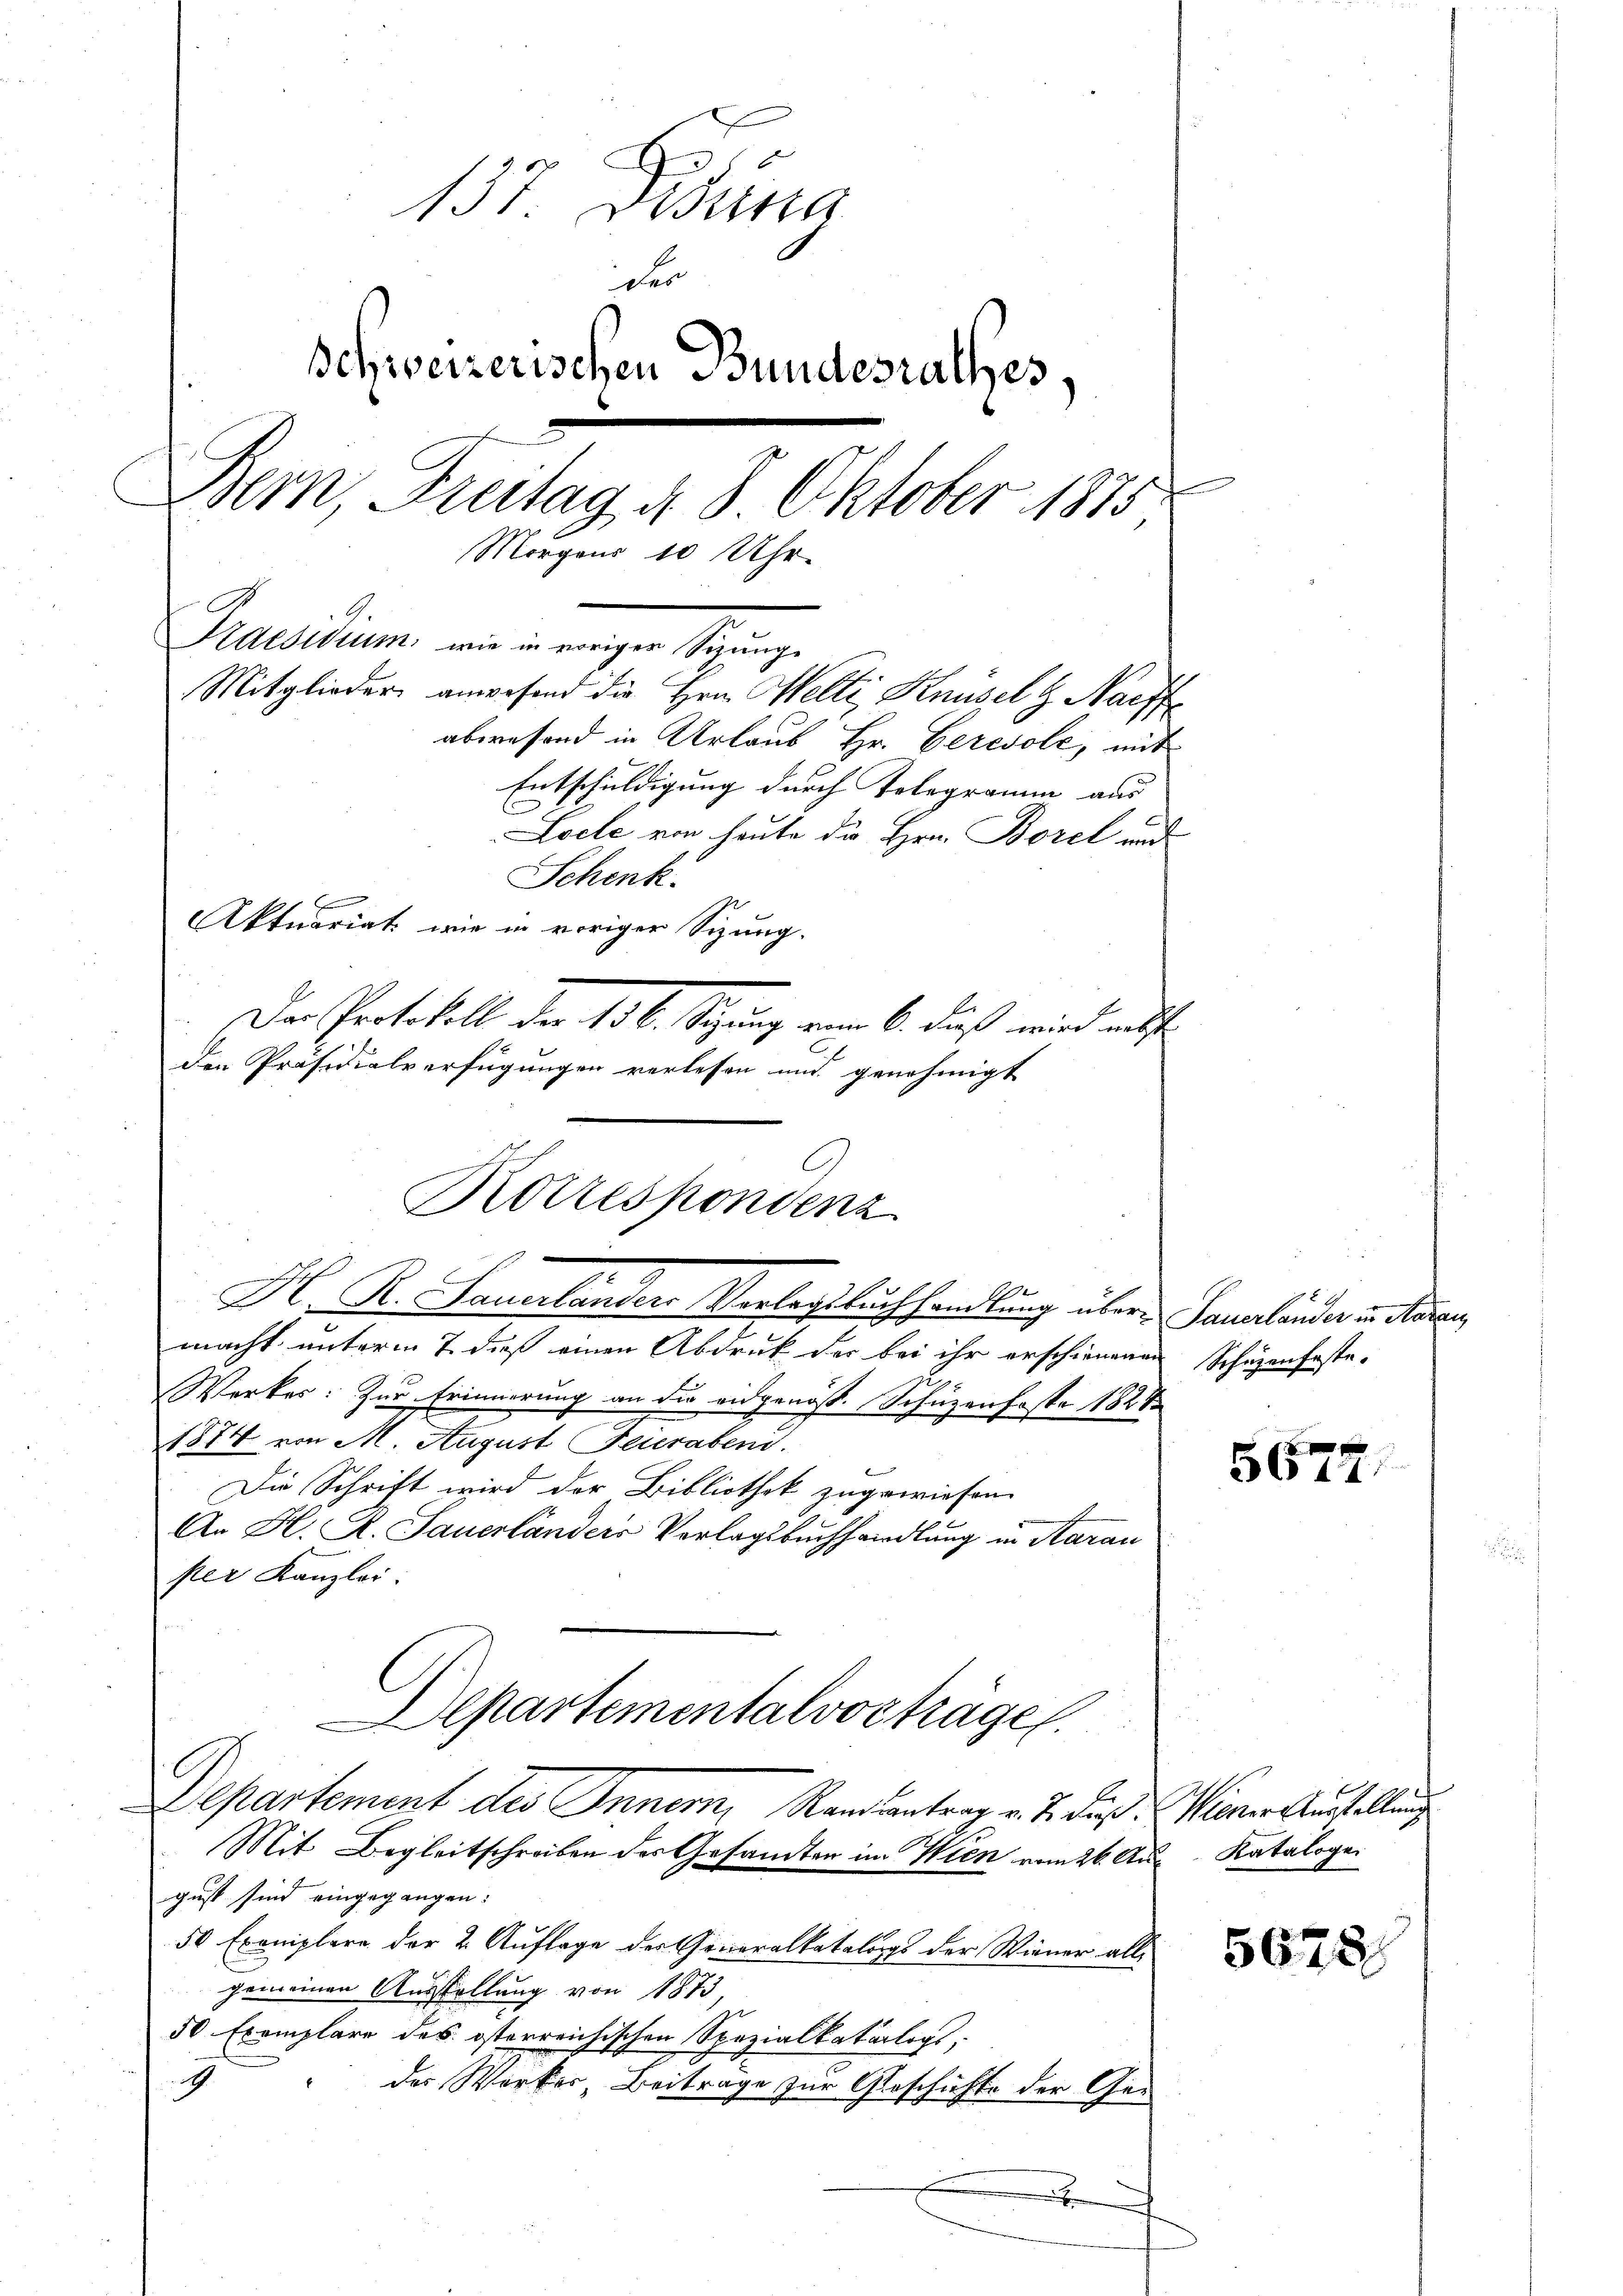
137. Dibuna
der
Schweizerischen Bundesrathes,
Bern, Freitag d. 8. Oktober 1875
Morgens 10 Uhr.
Pension von einigen ange
Mitglieder anwesend die Hrn. Welti, Knüsel g. Nachte
abwesend in Urlaub Hr. Ceresole, mit
Entschuldigung durch Telegramm aus
Loele von heute die Hrn. Borel und
Schenk.
E
Aktuariat wie in voriger Sizung.
Der Protokoll der 136. Sizung vom 6. dieß wird auf
den Präsidialverfügungen verlesen und genehmigt

Korrespondenz
H. K. Sauerlanders Vorlagsbuchhandlung über- Sauerländer in daran

macht unterm 7. dieß einen Abdruk der bei ihr erschienenen Schüzenfeste
Werker: Zur Erinnerung an die eidgenös. Schüzenfoste 1828
1874 von M. August Feierabeni.
Die Schrift wird der Bibliothek zugewiesen.
An H. A. Sauerländers Vorlagsbuchhandlung in Aarau
per Kanzlei:
Departementalvorträge.
Departement des Inner, Randantrag v. J. Fuß.
Mit Begleitschreiben des Gesandten im Wien vom 26. Aus Kataloge
gust sind eingegangen:
50 Exemplare der 2. Auflage der Generalkatalogs der Wiener allgemeinen Ausstellung von 1873,
50 Exemplare des österreichischen Spezialkatarlochs,
2
des Werker, Beitrage zur Geschichte der Ge¬
.

5675

Wiener Ausstellung

5678